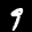
Label: 9